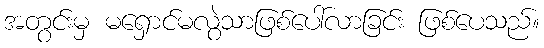
အတွင်းမှ မရှောင်မလွဲသာဖြစ်ပေါ်လာခြင်း ဖြစ်ပေသည်။